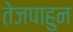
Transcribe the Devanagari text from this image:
तेजपाहुन